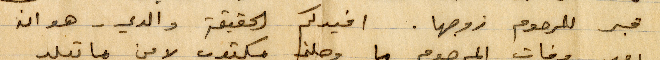
قبر للمرحوم زوجها. افيدكم الحقيقة والدي - هو ان